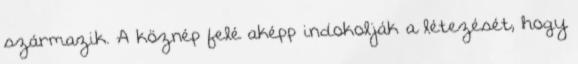
származik. A köznép felé aképp indokolják a létezését, hogy